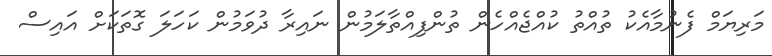
މަރިޔަމް ފެނުމާއެކު ތުއްތު ކުއްޖެއްހެން ތުންފިއްތާލަމުން ނައިރާ ދުވަމުން ކަހަލަ ގޮތަކަށް އައިސް